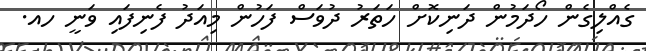
ގެއްލިގެން ހޯދަމުން ދަނިކޮށް ހަތަރު ދުވަސް ފަހުން މިއަދު ފެނިފައި ވަނީ ހއ.